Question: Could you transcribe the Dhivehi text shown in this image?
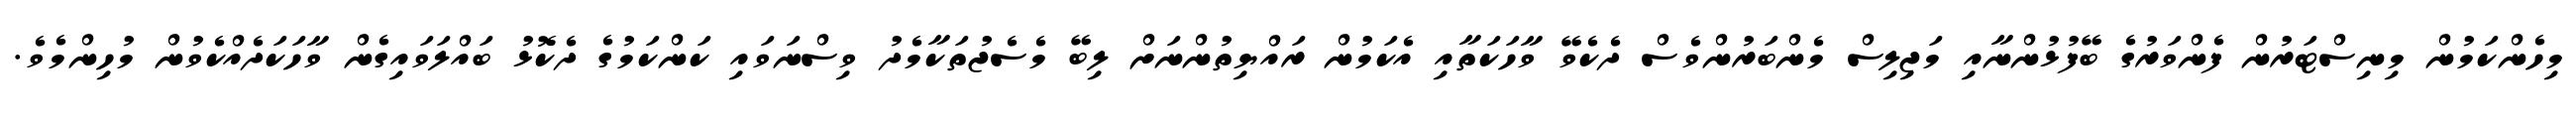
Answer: މިހެންކަމުން މިނިސްޓަރުން ފެންވަރުގެ ބޭފުޅުންނާއި މަޖިލިސް މެންބަރުންވެސް ދެކެވޭ ވާހަކަތާއި އެކަމުން ރައްޔިތުންނަށް ލިބޭ މެސެޖުތަކާމެދު ވިސްނަވައި ކަންކަމުގެ ދެކޮޅު ބައްލަވައިގެން ވާހަކަދެއްކެވުން މުހިންމެވެ.